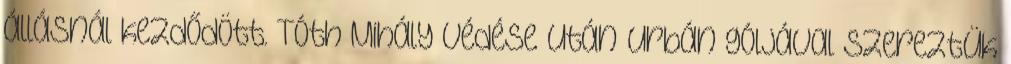
állásnál kezdődött. Tóth Mihály védése után Urbán góljával szereztük